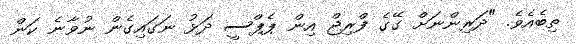
ތިބެއެވެ. "ދަރިންނަށް ގޭގެ ފްރިޖް އިން ޕެޕްސީ ދަޅު ނަގައިގެން ނުވާނެ ކަން